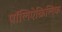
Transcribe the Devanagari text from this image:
पॉलिऐक्रिलिक